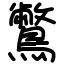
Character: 鷩